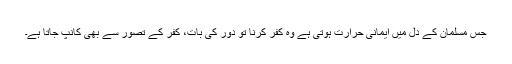
جس مسلمان کے دل میں ایمانی حرارت ہوتی ہے وہ کفر کرنا تو دور کی بات، کفر کے تصور سے بھی کانپ جاتا ہے۔